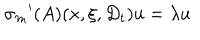
{ { \sigma } _ { m } } ^ { \prime } ( A ) ( x , \xi , D _ { t } ) u = \lambda u